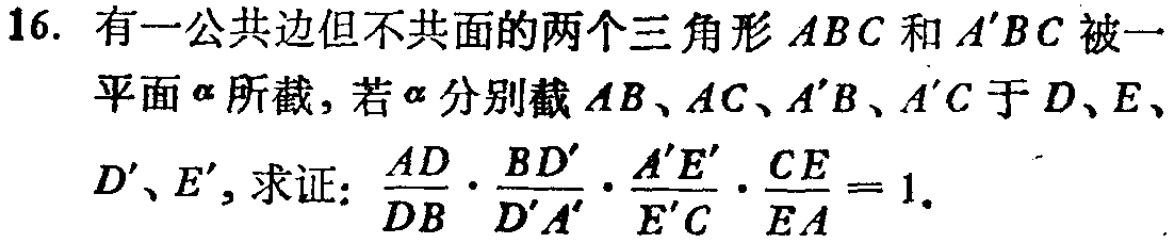
16. 有一公共边但不共面的两个三角形 \(ABC\) 和 \(A'B C\) 被一
平面 \(\alpha\) 所截，若 \(\alpha\) 分别截 \(AB\)、\(AC\)、\(A'B\)、\(A'C\) 于 \(D\)、\(E\)、
\(D'\)、\(E'\)，求证：\(\frac{AD}{DB}\cdot\frac{BD'}{D'A'}\cdot\frac{A'E'}{E'C}\cdot\frac{CE}{EA}=1\).